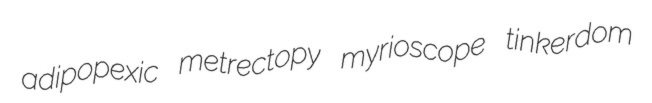
adipopexic metrectopy myrioscope tinkerdom